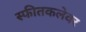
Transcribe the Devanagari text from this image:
स्फीतकलेवर